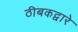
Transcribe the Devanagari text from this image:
ठीबकद्वारे